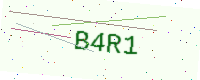
Text: B4R1